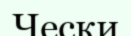
Чески